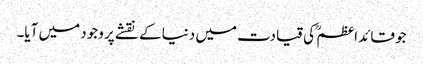
جو قائد اعظم ؒ کی قیادت میں دنیا کے نقشے پر وجود میں آیا۔